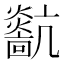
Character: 𤒀